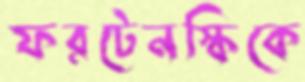
ফরটেনস্কিকে